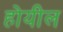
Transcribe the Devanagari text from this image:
होयील